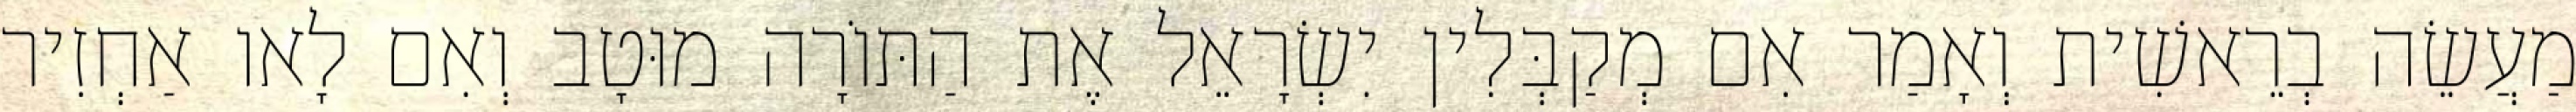
מַעֲשֵׂה בְרֵאשִׁית וְאָמַר אִם מְקַבְּלִין יִשְׂרָאֵל אֶת הַתּוֹרָה מוּטָב וְאִם לָאו אַחְזִיר